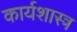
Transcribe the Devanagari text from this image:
कार्यशास्त्र